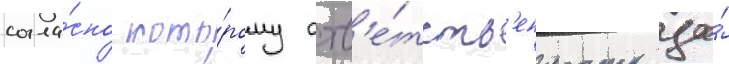
согла́сно кото́рому отв'е́тств'енность за́